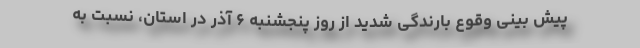
پیش بینی وقوع بارندگی شدید از روز پنجشنبه ۶ آذر در استان، نسبت به